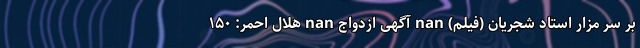
بر سر مزار استاد شجریان (فیلم) nan آگهی ازدواج nan هلال احمر: ۱۵۰